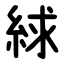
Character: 絿